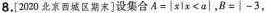
8.[2020北京西城区期末]设集合$$A=\left\{xlx<a\right\}$$，B=\{-3，